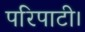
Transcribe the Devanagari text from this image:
परिपाटी।